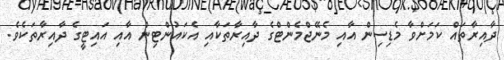
ދާއިރާތައް ކަމަށްވާ މެޑިސިން އާއި މެނޭޖްމެންޓްގެ ދާއިރާތަކާއި އެކައުންޓިން އާއި އައިޓީގެ ދާއިރާތަކެވެ.